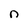
Character: n